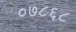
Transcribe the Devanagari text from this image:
०७८६८